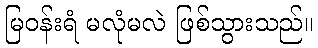
မြဝန်းရံ မလုံမလဲ ဖြစ်သွားသည်။